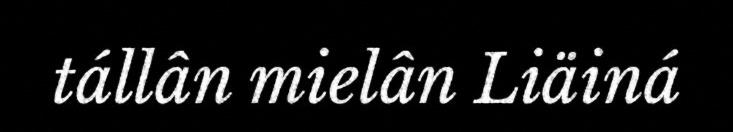
tállân mielân Liäiná